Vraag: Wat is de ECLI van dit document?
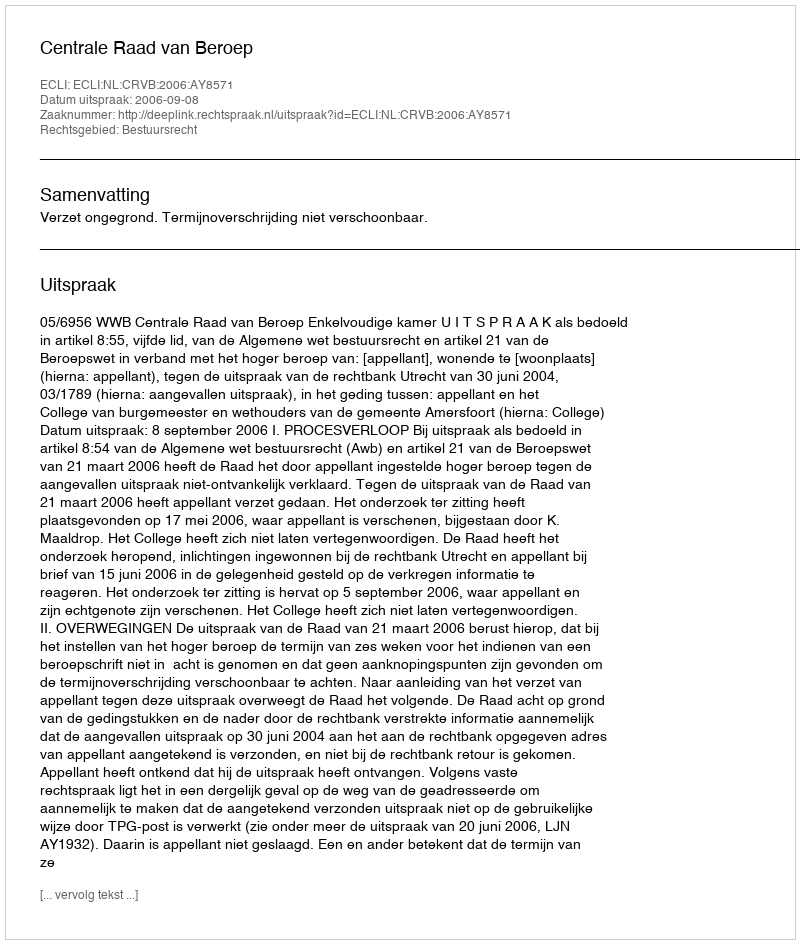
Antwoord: ECLI:NL:CRVB:2006:AY8571